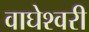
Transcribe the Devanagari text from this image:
वाघेश्वरी